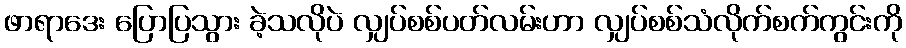
ဖာရာဒေး ပြောပြသွား ခဲ့သလိုပဲ လျှပ်စစ်ပတ်လမ်းဟာ လျှပ်စစ်သံလိုက်စက်ကွင်းကို